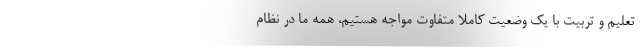
تعلیم و تربیت با یک وضعیت کاملاً متفاوت مواجه هستیم، همه ما در نظام